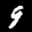
Label: 9